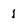
Character: 1